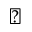
\leftmoon